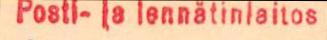
Posti- ja lennätinlaitos